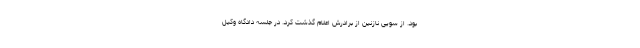
بود. از سویی نازنین از برادرش اعلام گذشت کرد. در جلسه دادگاه وکیل